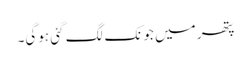
پتھر میں جونک لگ گئی ہوگی۔